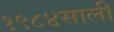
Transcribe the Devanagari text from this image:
१९८४साली